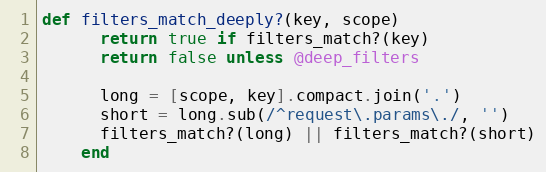
Language: Ruby
def filters_match_deeply?(key, scope)
      return true if filters_match?(key)
      return false unless @deep_filters

      long = [scope, key].compact.join('.')
      short = long.sub(/^request\.params\./, '')
      filters_match?(long) || filters_match?(short)
    end